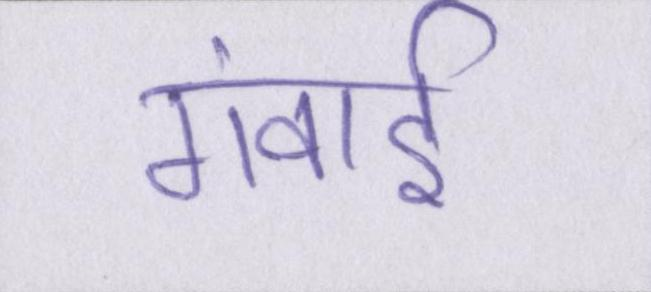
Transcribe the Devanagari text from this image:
गंवाई